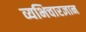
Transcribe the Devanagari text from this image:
व्यभिचारज्ञान